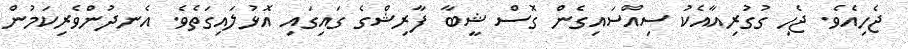
ޖެހިއެވެ. ޖެހި ގުގުރިއާއެކު ސިއްސައިގެން ގޮސް ޝީބާ ފާރިޝްގެ ގައިގައި އޮޅުލައިގަތެވެ. އެނދުންވެރިކަމުން